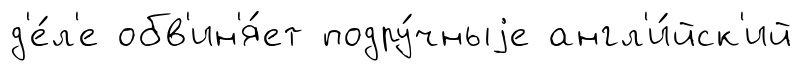
д'е́л'е обв'ин'я́ет подру́чныjе англ'и́йск'ий